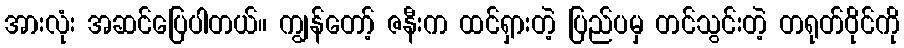
အားလုံး အဆင်ပြေပါတယ်။ ကျွန်တော့် ဇနီးက ထင်ရှားတဲ့ ပြည်ပမှ တင်သွင်းတဲ့ တရုတ်ဝိုင်ကို